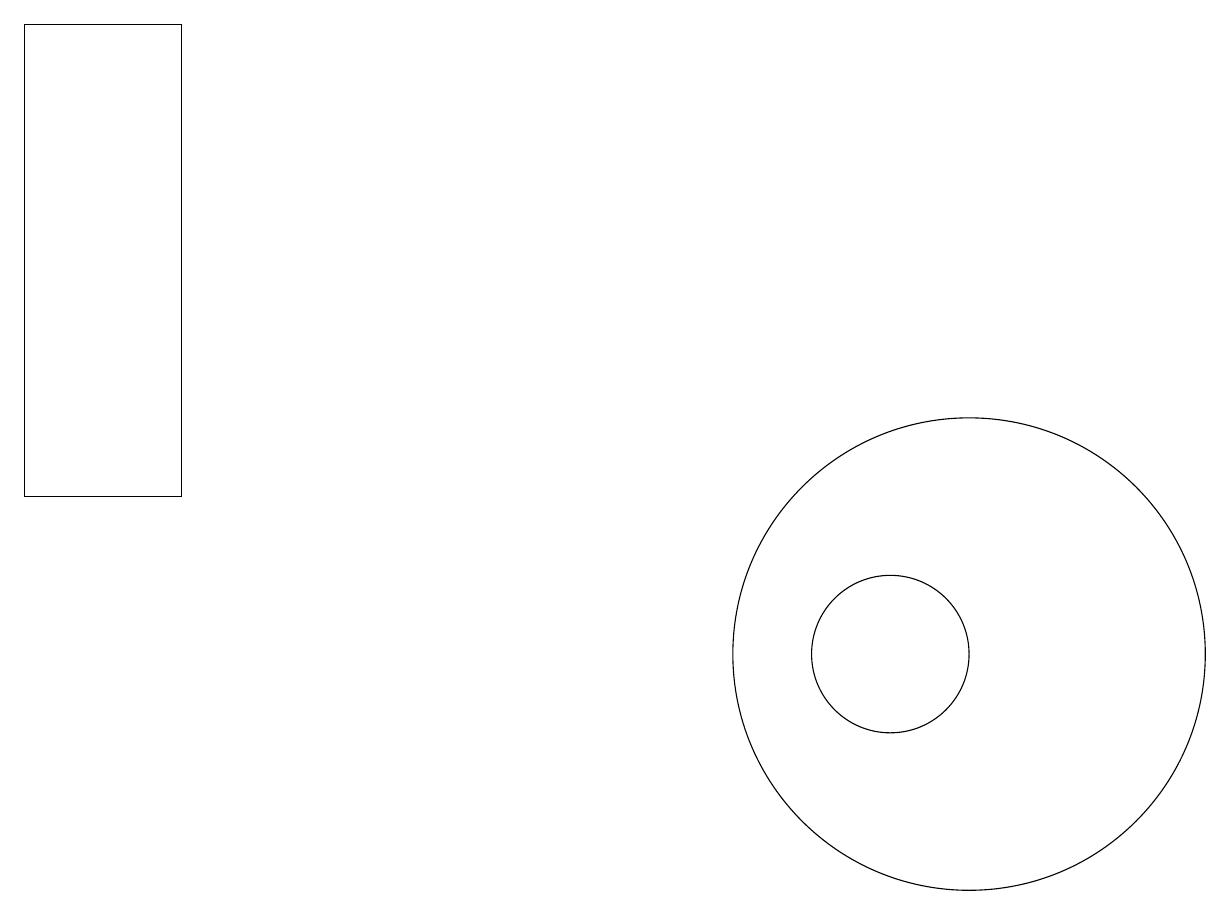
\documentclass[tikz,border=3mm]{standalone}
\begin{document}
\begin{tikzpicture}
\draw (12,11) circle (3);
\draw (11,11) circle (1);
\draw (0,19) rectangle (2,13);
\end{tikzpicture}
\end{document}